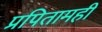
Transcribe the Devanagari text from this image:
प्रपितामही